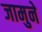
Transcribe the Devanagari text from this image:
जामुने